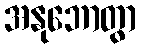
အနုဘောတွာ